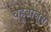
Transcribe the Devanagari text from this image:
चहूबाजूस